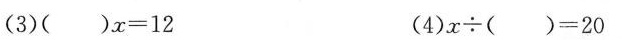
(3)$$( ) x = 1 2$$ (4)$$x {\div} ( ) = 2 0$$